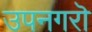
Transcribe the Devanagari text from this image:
उपनगरॊ